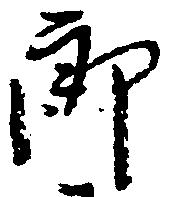
郎